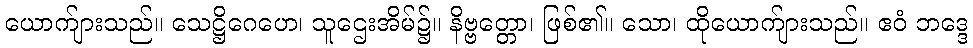
ယောက်ျားသည်။ သေဋ္ဌိဂေဟေ၊ သူဌေးအိမ်၌။ နိဗ္ဗတ္တော၊ ဖြစ်၏။ သော၊ ထိုယောက်ျားသည်။ ဧဝံ ဘဒ္ဒေ